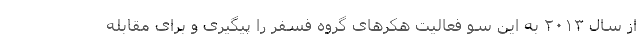
از سال ۲۰۱۳ به این سو فعالیت هکرهای گروه فسفر را پیگیری و برای مقابله